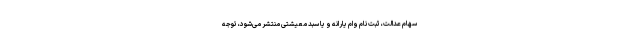
سهام عدالت، ثبت نام وام یارانه و یا سبد معیشتی منتشر می‌شود، توجه